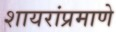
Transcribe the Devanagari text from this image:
शायरांप्रमाणे